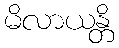
မိလာယန္တိ